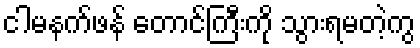
ငါမနက်ဖန် တောင်ကြီးကို သွားရမတဲ့ကွ